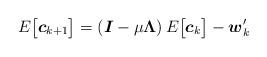
LaTeX: \begin{align*}E\big[\boldsymbol{c}_{k+1}\big] = \left( \boldsymbol{I} - \mu\boldsymbol{\Lambda} \right) E \big[ \boldsymbol{c}_k\big] -\boldsymbol{w}^{\prime}_{k} \end{align*}